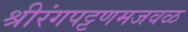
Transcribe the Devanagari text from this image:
श्रीरंगपट्टणमजवळ